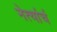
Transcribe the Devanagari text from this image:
नेत्यांचं